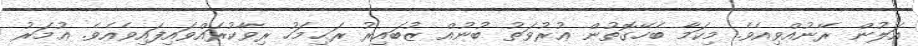
އަލުން ރޭނުއްވިއެވެ. މިކަމާ ބެހޭގޮތުން ޢުރުވަތު ބުނުއް ޒުބައިރު ރަޙިމަހު ރިވާކުރައްވައިފައިވެއެވެ. ޢުމަރު